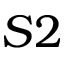
S 2